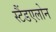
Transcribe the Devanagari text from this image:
स्टैंडएलोन